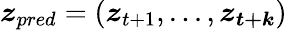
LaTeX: \boldsymbol{z}_{pred}=(\boldsymbol{z}_{t+1},...,\boldsymbol{z_{t+k}})